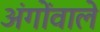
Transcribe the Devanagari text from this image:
अंगोंवाले